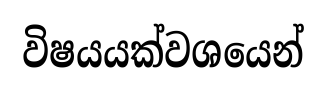
විෂයයක්වශයෙන්